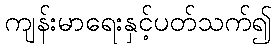
ကျန်းမာရေးနှင့်ပတ်သက်၍